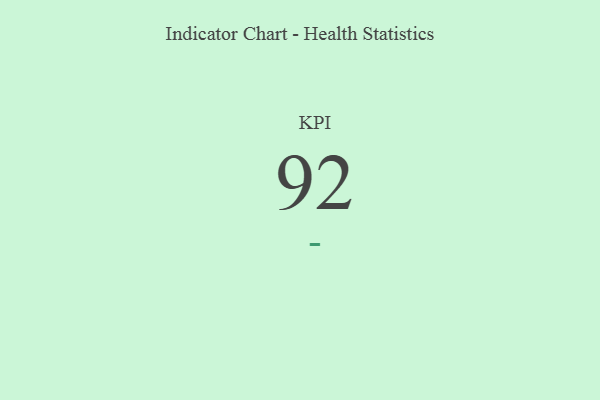
{"axis": {"x": "KPI", "y": "Value"}, "legend": [""], "data": [{"x": "KPI", "y": 92, "type": ""}]}